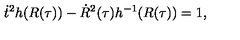
\dot { t } ^ { 2 } h ( R ( \tau ) ) - \dot { R } ^ { 2 } ( \tau ) h ^ { - 1 } ( R ( \tau ) ) = 1 ,